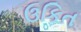
ઉકિત